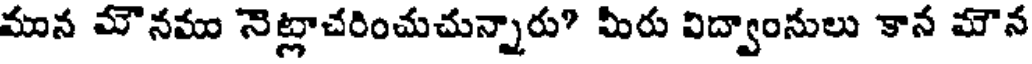
మున మౌనము నెట్లాచరించుచున్నారు? మీరు విద్వాంసులు కాన మౌన